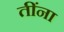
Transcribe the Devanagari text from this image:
तींना